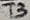
Text: T3